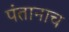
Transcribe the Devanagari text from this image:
पंतानाच